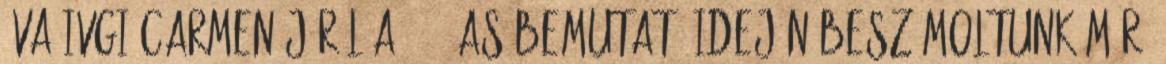
Éva Ivgi Carmen-járól a 2003-as bemutató idején beszámoltunk már,